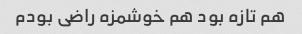
هم تازه بود هم خوشمزه راضی بودم